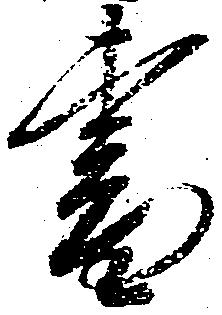
書